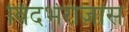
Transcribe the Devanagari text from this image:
विदर्भराजास